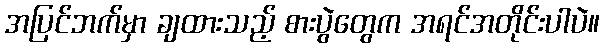
အပြင်ဘက်မှာ ချထားသည့် စားပွဲတွေက အရင်အတိုင်းပါပဲ။